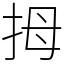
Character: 拇